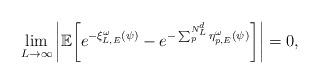
LaTeX: \begin{align*} \lim_{L\to\infty}\bigg|\mathbb{E}\bigg[e^{-\xi_{L,E}^\omega(\psi)}-e^{-\sum_p^{N_L^d}\eta_{p,E}^\omega(\psi)}\bigg]\bigg|=0,\end{align*}